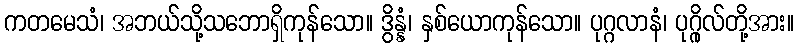
ကတမေသံ၊ အဘယ်သို့သဘောရှိကုန်သော။ ဒွိန္နံ၊ နှစ်ယောကုန်သော။ ပုဂ္ဂလာနံ၊ ပုဂ္ဂိုလ်တို့အား။